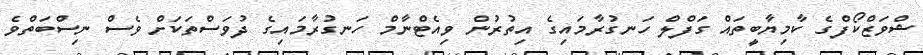
ޝްވަޒްކޯފްގެ ކާމިޔާބީތައް ގަފްލް ހަނގުރާމައިގެ އިތުރުން ވިއެޓްނާމް ހަނގުރާމައިގެ ދުވަސްތަކަށް ވެސް ނިސްބަތްވެ